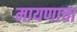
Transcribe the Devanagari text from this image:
मायणाचा